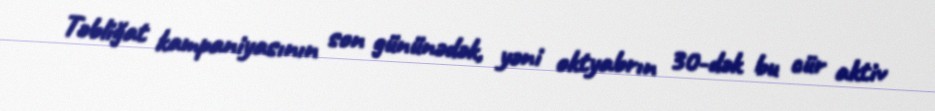
Təbliğat kampaniyasının son gününədək, yəni oktyabrın 30-dək bu cür aktiv